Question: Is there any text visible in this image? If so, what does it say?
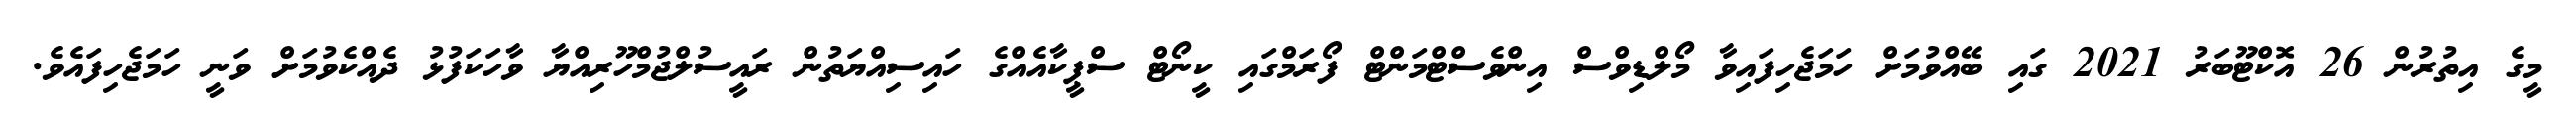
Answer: މީގެ އިތުރުން 26 އޮކްޓޫބަރު 2021 ގައި ބޭއްވުމަށް ހަމަޖެހިފައިވާ މޯލްޑިވްސް އިންވެސްޓްމަންޓް ފޯރަމްގައި ކީނޯޓް ސްޕީކާއެއްގެ ހައިސިއްޔަތުން ރައީސުލްޖުމްހޫރިއްޔާ ވާހަކަފުޅު ދެއްކެވުމަށް ވަނީ ހަމަޖެހިފައެވެ.